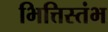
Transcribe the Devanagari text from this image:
भित्तिस्तंभ